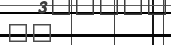
٢٢